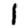
Digit: 1